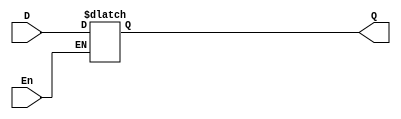
module D_l(Q,D,En);
output Q;
input D, En;
reg Q;
always@(En,D)
	if(En)Q<=D;
endmodule

module D_latch_tb;

  reg D, En;
  wire Q;

  D_l D_l_inst(Q,D,En);

  initial begin
    $dumpfile("D_latch.vcd");
    $dumpvars(1);

    D = 1'b0;
    En = 1'b0;

    #10 D = 1'b1; En = 1'b1;
    #10 D = 1'b0; En = 1'b1;
    #10 D = 1'b1; En = 1'b0;
    #10 D = 1'b0; En = 1'b0;

    #10 $finish;
  end

  // Monitor the outputs at every time step
  initial begin
    $monitor ("Time = %0d, D = %b, En = %b, Q = %b", $time, D, En, Q);
  end

endmodule